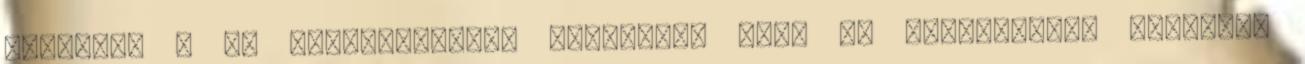
életüket a Te nézőpontodból FIGYELEM: Most DC Univerzumos karakter